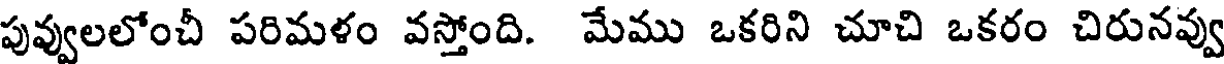
పువ్వులలోంచీ పరిమళం వస్తోంది. మేము ఒకరిని చూచి ఒకరం చిరునవ్వు